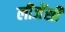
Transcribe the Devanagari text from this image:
लीजेंसी